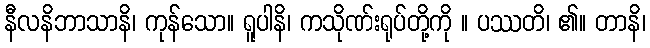
နီလနိဘာသာနိ၊ ကုန်သော။ ရူပါနိ၊ ကသိုဏ်းရုပ်တို့ကို ။ ပဿတိ၊ ၏။ တာနိ၊